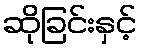
ဆိုခြင်းနှင့်